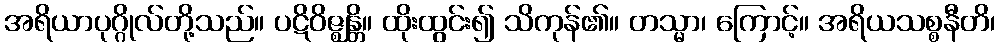
အရိယာပုဂ္ဂိုလ်တို့သည်။ ပဋိဝိဇ္ဈန္တိ။ ထိုးထွင်း၍ သိကုန်၏။ တသ္မာ၊ ကြောင့်။ အရိယသစ္စနီတိ၊